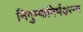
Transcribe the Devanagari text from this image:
निगुम्फनिर्भक्षरन्म